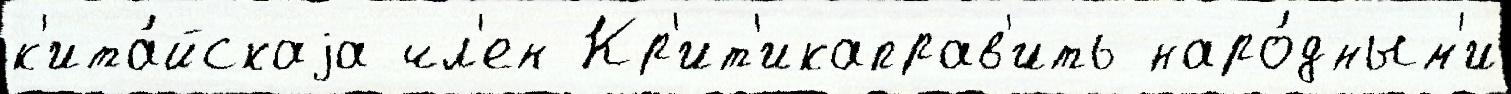
к'ита́йскаjа чл'ен Кр'ит'икаправ'ить наро́дным'и